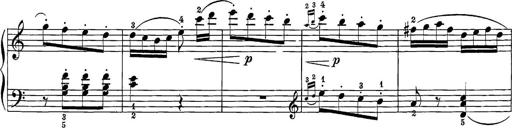
Title: 12 Sonatine per Pianoforte
Composer: Friedrich Kuhlau